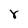
Character: r